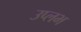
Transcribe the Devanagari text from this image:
उप्लभ